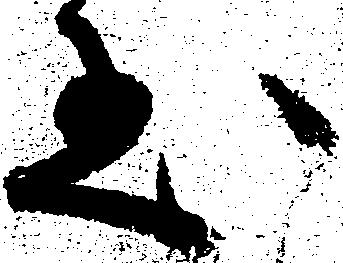
至